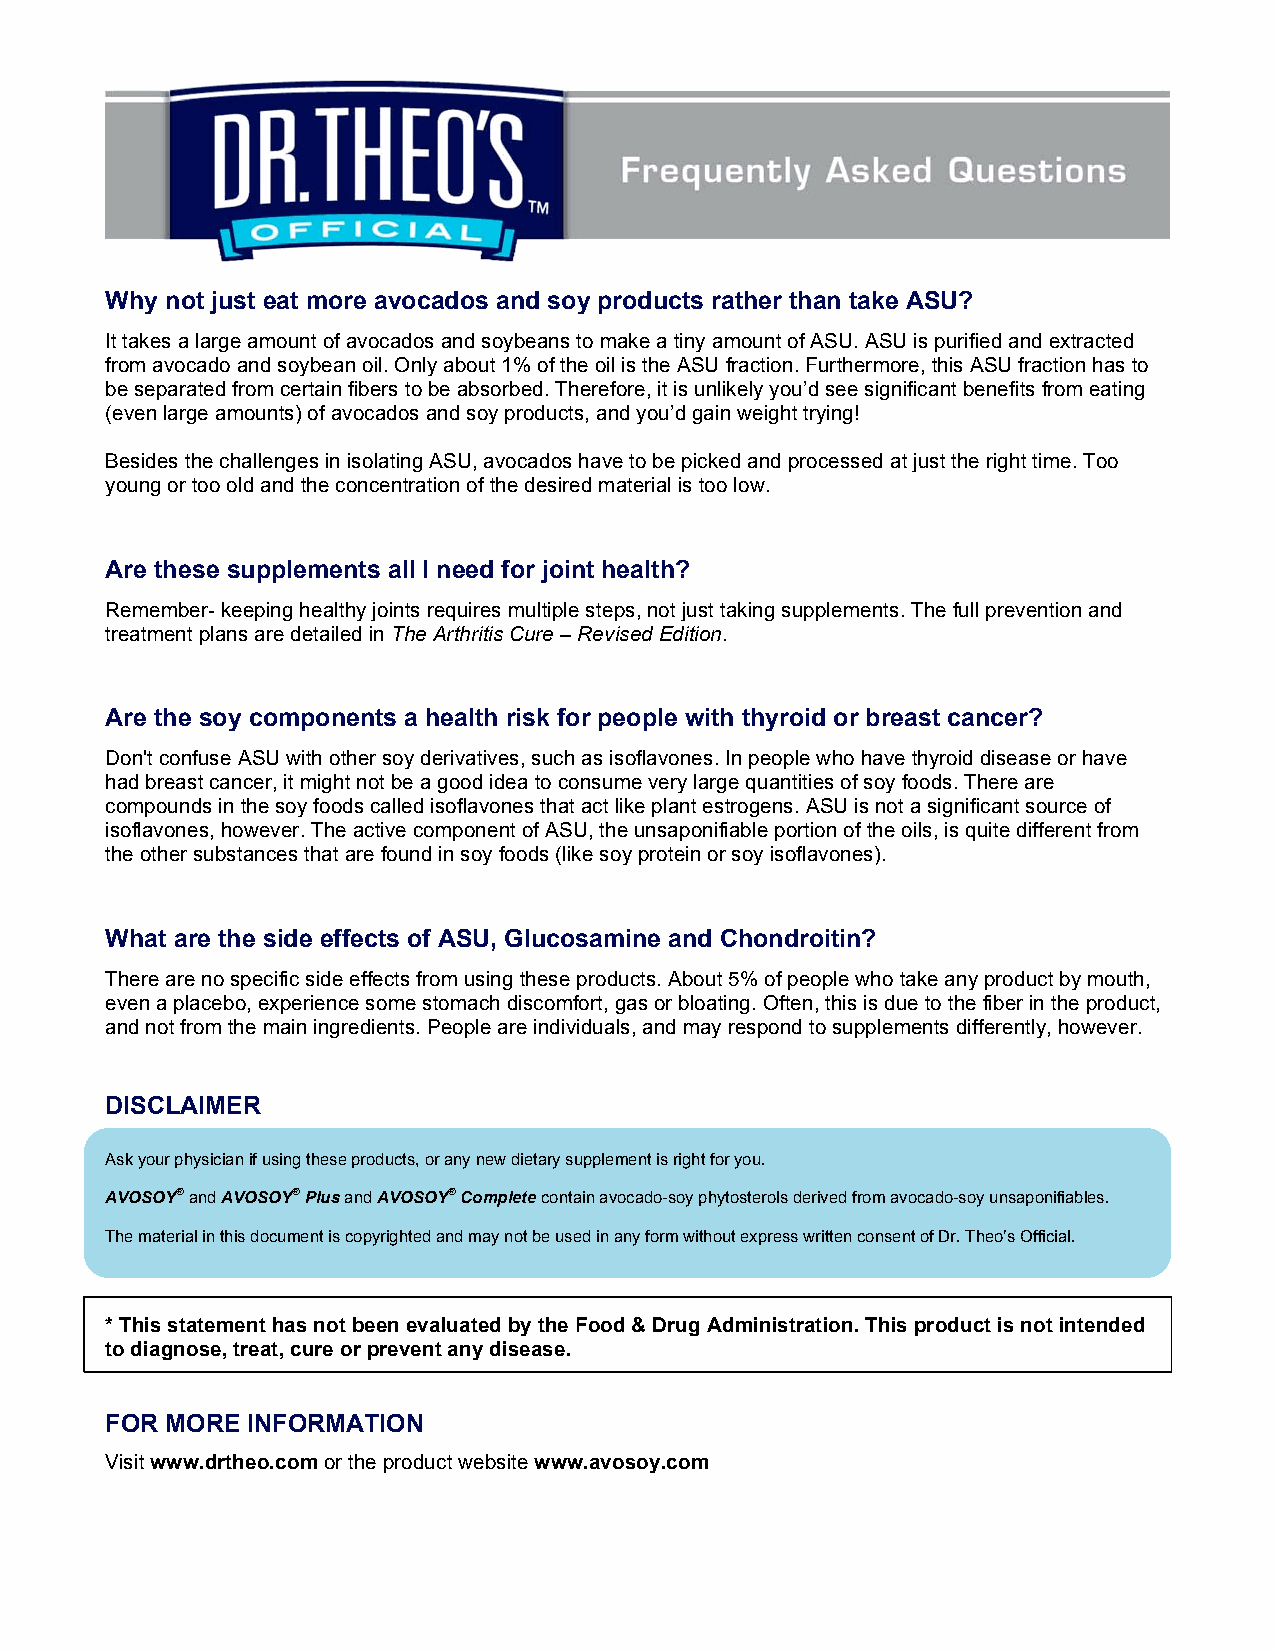
Why not just eat more avocados and soy products rather than take ASU?
 It takes a large amount of avocados and soybeans to make a tiny amount of ASU. ASU is purified and extracted
 from avocado and soybean oil. Only about 1% of the oil is the ASU fraction. Furthermore, this ASU fraction has to
 be separated from certain fibers to be absorbed. Therefore, it is unlikely you’d see significant benefits from eating
 (even large amounts) of avocados and soy products, and you’d gain weight trying!
 Besides the challenges in isolating ASU, avocados have to be picked and processed at just the right time. Too
 young or too old and the concentration of the desired material is too low.
 Are these supplements all I need for joint health?
 Remember- keeping healthy joints requires multiple steps, not just taking supplements. The full prevention and
 treatment plans are detailed in The Arthritis Cure – Revised Edition.
 Are the soy components a health risk for people with thyroid or breast cancer?
 Don't confuse ASU with other soy derivatives, such as isoflavones. In people who have thyroid disease or have
 had breast cancer, it might not be a good idea to consume very large quantities of soy foods. There are
 compounds in the soy foods called isoflavones that act like plant estrogens. ASU is not a significant source of
 isoflavones, however. The active component of ASU, the unsaponifiable portion of the oils, is quite different from
 the other substances that are found in soy foods (like soy protein or soy isoflavones).
 What are the side effects of ASU, Glucosamine and Chondroitin?
 There are no specific side effects from using these products. About 5% of people who take any product by mouth,
 even a placebo, experience some stomach discomfort, gas or bloating. Often, this is due to the fiber in the product,
 and not from the main ingredients. People are individuals, and may respond to supplements differently, however.
 DISCLAIMER
 Ask your physician if using these products, or any new dietary supplement is right for you.
 AVOSOY® and AVOSOY® Plus and AVOSOY® Complete contain avocado-soy phytosterols derived from avocado-soy unsaponifiables.
 The material in this document is copyrighted and may not be used in any form without express written consent of Dr. Theo’s Official.
 * This statement has not been evaluated by the Food & Drug Administration. This product is not intended
 to diagnose, treat, cure or prevent any disease.
 FOR MORE INFORMATION
 Visit www.drtheo.com or the product website www.avosoy.com
 5